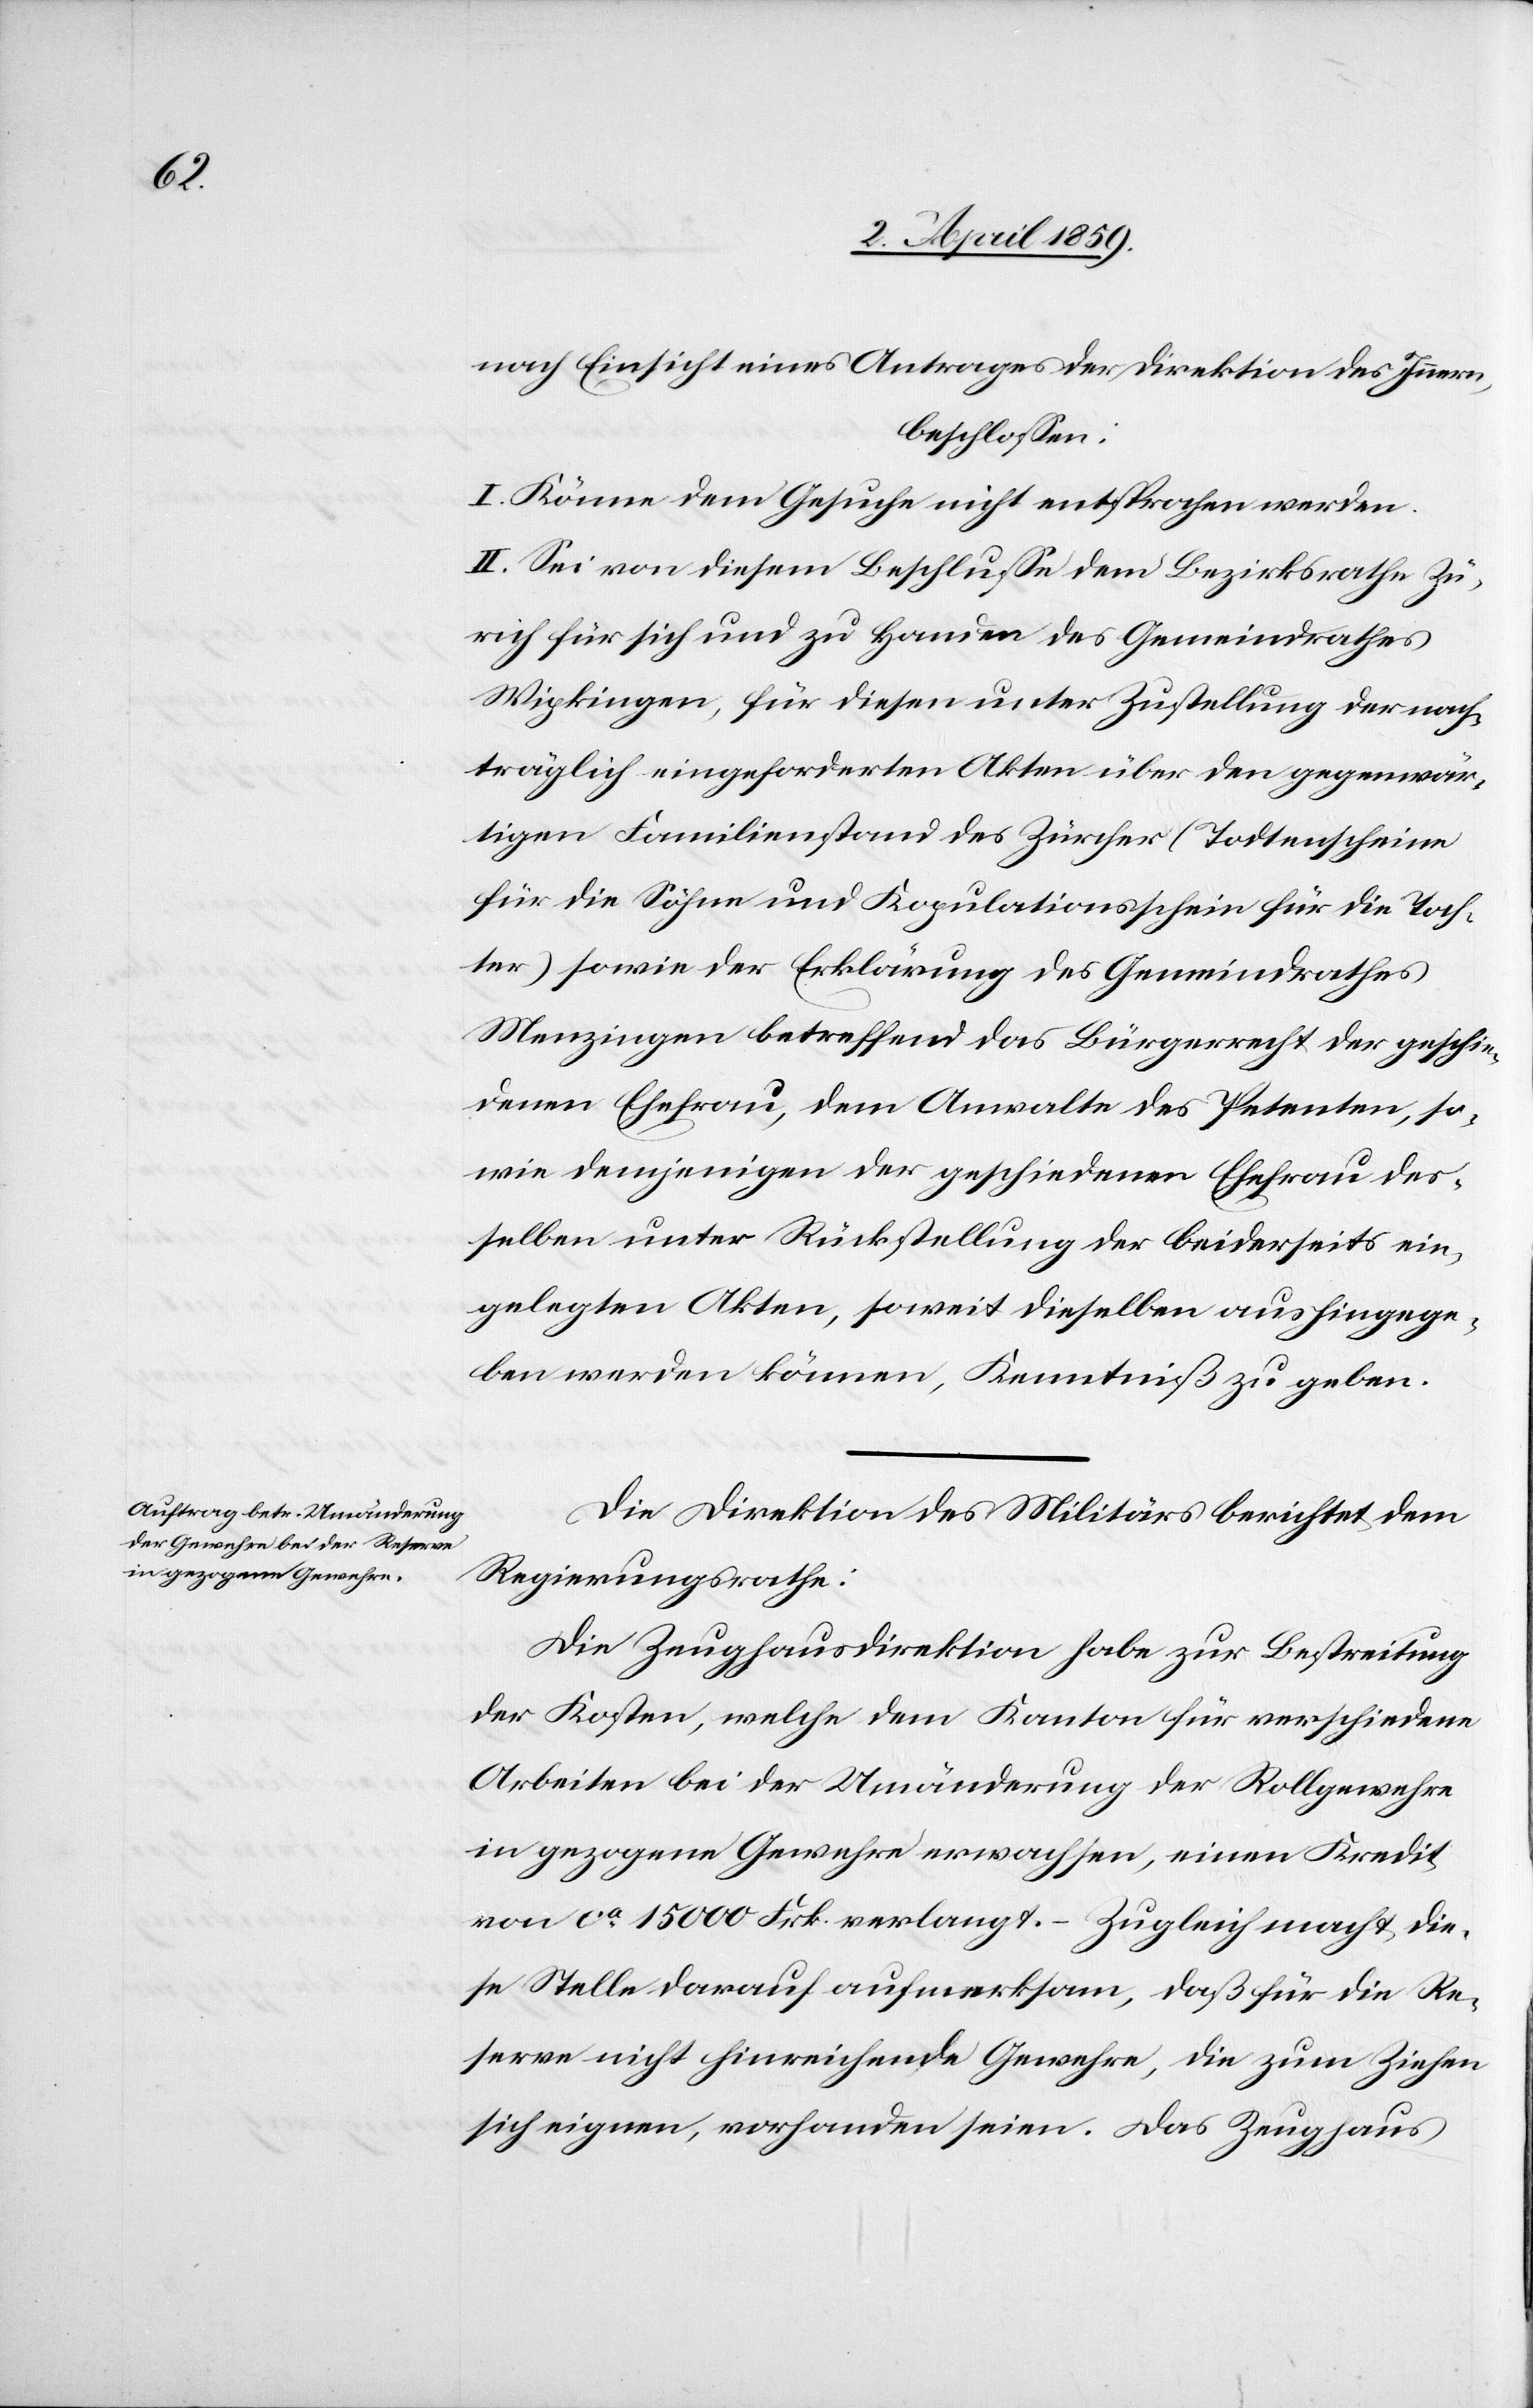
nach Einsicht eines Antrages der Direktion des Innern,
beschloßen:
I. Könne dem Gesuche nicht entsprochen werden.
II. Sei von diesem Beschluße dem Bezirksrathe Zü¬
rich für sich und zu Handen des Gemeindrathes
Wipkingen, für diesen unter Zustellung der nach¬
träglich eingeforderten Akten über den gegenwär¬
tigen Familienstand des Zürcher (Todtenscheine
für die Söhne und Kopulationsschein für die Toch¬
ter) sowie der Erklärung des Gemeindrathes
Menzingen betreffend das Bürgerrecht der geschie¬
denen Ehefrau, dem Anwalte des Petenten, so¬
wie demjenigen der geschiedenen Ehefrau des¬
selben unter Rückstellung der beiderseits ein¬
gelegten Akten, soweit dieselben aushingege¬
ben werden können, Kenntniß zu geben.
Die Direktion des Militärs berichtet dem
Regierungsrathe:
Die Zeughausdirektion habe zur Bestreitung
der Kosten, welche dem Kanton für verschiedene
Arbeiten bei der Umänderung der Rollgewehre
in gezogene Gewehre erwachsen, einen Kredit
von ca 15 000 Frk. verlangt. – Zugleich macht die¬
se Stelle darauf aufmerksam, daß für die Re¬
serve nicht hinreichende Gewehre, die zum Ziehen
sich eignen, vorhanden seien. Das Zeughaus